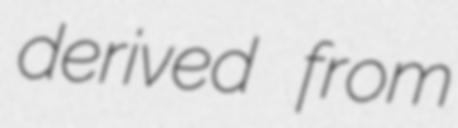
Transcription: derived from